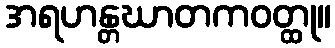
အရဟန္တဃာတကဝတ္ထု။